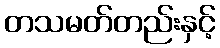
တသမတ်တည်းနှင့်